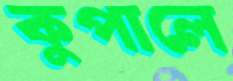
কুপালে